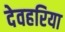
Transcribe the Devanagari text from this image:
देवहरिया